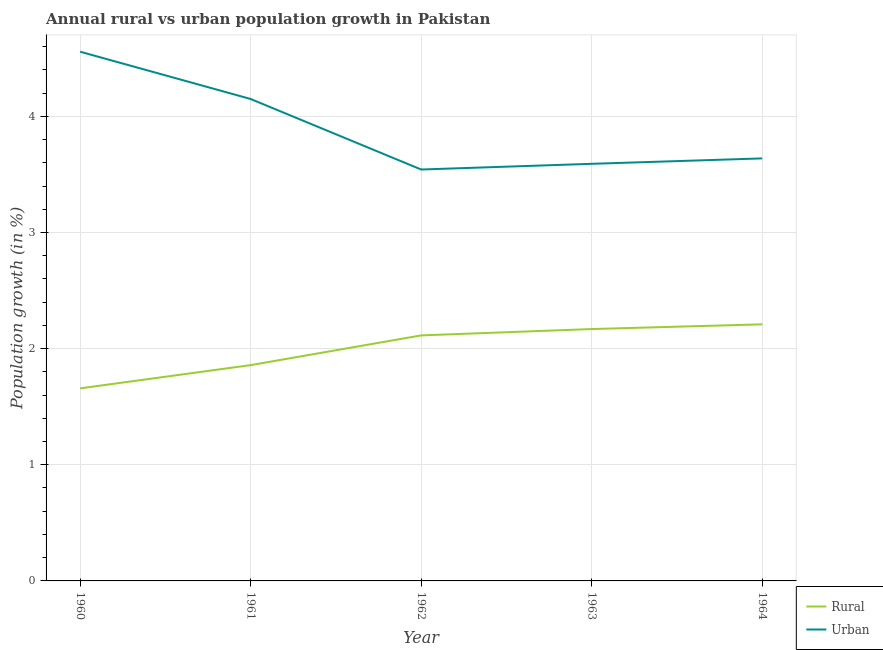
| Year | Rural | Urban  |
 | --- | --- | --- |
 | 1960 | 1.66 | 4.56 |
 | 1961 | 1.86 | 4.15 |
 | 1962 | 2.11 | 3.54 |
 | 1963 | 2.17 | 3.59 |
 | 1964 | 2.21 | 3.64 |